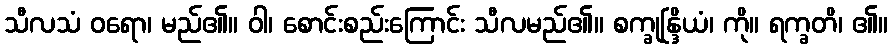
သီလသံ ဝရော၊ မည်၏။ ဝါ၊ စောင်းစည်းကြောင်း သီလမည်၏။ စက္ခုန္ဒြိယံ၊ ကို။ ရက္ခတိ၊ ၏။